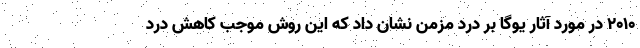
2010 در مورد آثار یوگا بر درد مزمن نشان داد که این روش موجب کاهش درد